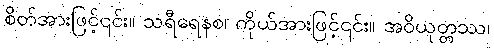
စိတ်အားဖြင့်၎င်း။ သရီရေနစ၊ ကိုယ်အားဖြင့်၎င်း။ အဝိယုတ္တဿ၊